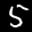
Label: 5